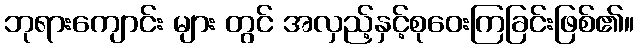
ဘုရားကျောင်း များ တွင် အလှည့်နှင့်စုဝေးကြခြင်းဖြစ်၏။